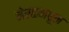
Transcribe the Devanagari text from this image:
नेरळमधून